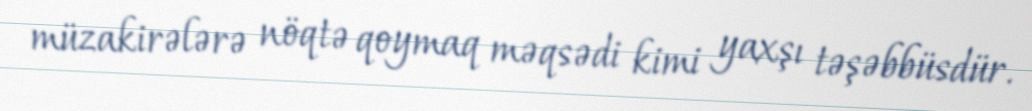
müzakirələrə nöqtə qoymaq məqsədi kimi yaxşı təşəbbüsdür.